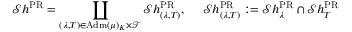
\mathcal { S } h ^ { \mathrm { P R } } = \coprod _ { ( \lambda , T ) \in \mathrm { A d m } ( \mu ) _ { K } \times \mathscr { T } } \mathcal { S } h _ { ( \lambda , T ) } ^ { \mathrm { P R } } , \ \ \ \ \mathcal { S } h _ { ( \lambda , T ) } ^ { \mathrm { P R } } : = \mathcal { S } h _ { \lambda } ^ { \mathrm { P R } } \cap \mathcal { S } h _ { T } ^ { \mathrm { P R } }